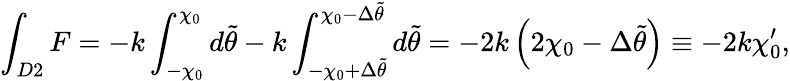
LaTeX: \int_{D2}F=-k\int_{-\chi_{0}}^{\chi_{0}}d\tilde{\theta}-k\int_{-\chi_{0}+\Delta\tilde{\theta}}^{\chi_{0}-\Delta\tilde{\theta}}d\tilde{\theta}=-2k\left(2\chi_{0}-\Delta\tilde{\theta}\right)\equiv-2k\chi_{0}^{\prime},